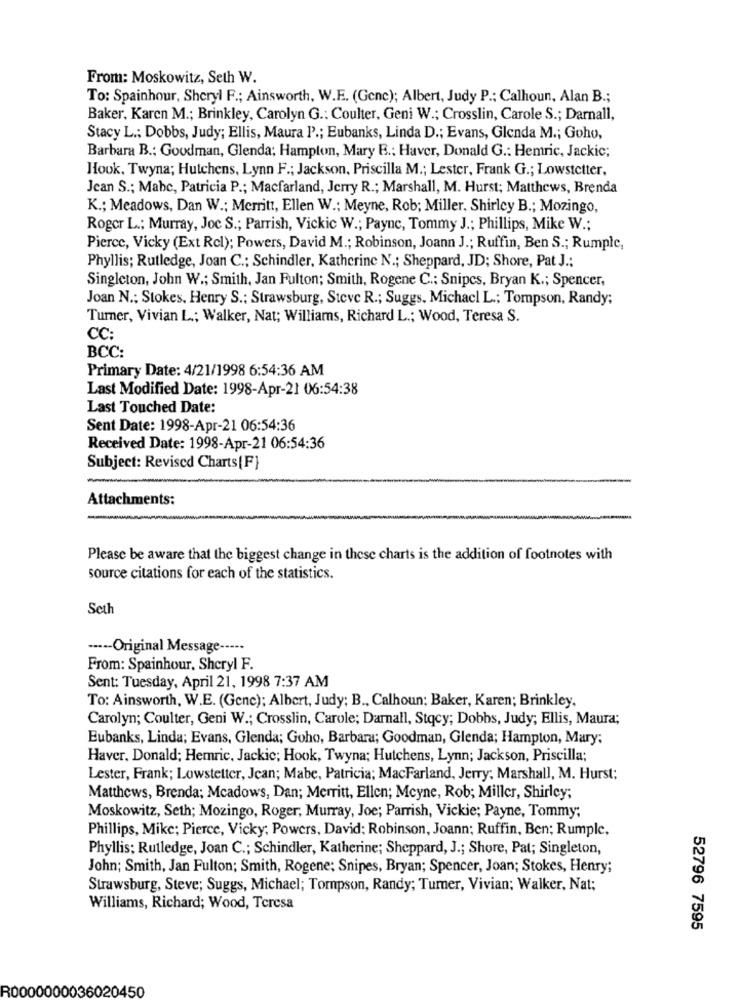
From: Moskowitz, Seth W.
To: Spainhour, Sheryl F .; Ainsworth, W.E. (Genc); Albert, Judy P .; Calhoun, Alan B .;
Baker, Karen M .; Brinkley, Carolyn G .: Coulter, Geni W .; Crosslin, Carole S .; Darnall,
Stacy L .; Dobbs, Judy; Ellis, Maura P .; Eubanks, Linda D .; Evans, Glenda M .; Goho,
Barbara B .; Goodman, Glenda; Hampton, Mary B .; Haver, Donald G .: Hemric, Jackic;
Hook, Twyna; Hutchens, Lynn F .; Jackson, Priscilla M .; Lester, Frank G .; Lowstetter,
Jean S .; Mabe, Patricia P .; Macfarland, Jerry R .; Marshall, M. Hurst; Matthews, Brenda
K .; Meadows, Dan W .; Merritt, Ellen W .; Meyne, Rob; Miller, Shirley B .; Mozingo,
Roger L .; Murray, Joc S .; Parrish, Vickic W .; Paync, Tommy J .; Phillips, Mike W .;
Pierce, Vicky (Ext Rcl); Powers, David M .; Robinson, Joann J .; Ruffin, Ben S .; Rumple,
Phyllis; Rutledge, Joan C .; Schindler, Katherine N .; Sheppard, JD; Shore, Pat J .:
Singleton, John W .; Smith, Jan Fulton; Smith, Rogene C .; Snipes, Bryan K .; Spencer,
Joan N .; Stokes, Henry S .: Strawsburg, Steve R .; Suggs, Michacl L .; Tompson, Randy;
Turner, Vivian L .; Walker, Nat; Williams, Richard L .; Wood, Teresa S.
CC:
BCC:
Primary Date: 4/21/1998 6:54:36 AM
Last Modified Date: 1998-Apr-21 06:54:38
Last Touched Date:
Sent Date: 1998-Apr-21 06:54:36
Received Date: 1998-Apr-21 06:54:36
Subject: Revised Charts[F]
Attachments:
Please be aware that the biggest change in these charts is the addition of footnotes with
source citations for each of the statistics.
Seth
----- Original Message ---··
From: Spainhour, Sheryl F.
Sent: Tuesday, April 21, 1998 7:37 AM
To: Ainsworth, W.E. (Genc); Albert, Judy; B ., Calhoun; Baker, Karen; Brinkley,
Carolyn; Coulter, Geni W .; Crosslin, Carole; Darnall, Stqcy; Dobbs, Judy; Ellis, Maura;
Eubanks, Linda; Evans, Glenda; Goho, Barbara; Goodman, Glenda; Hampton, Mary;
Haver, Donald; Hemric, Jackic; Hook, Twyna; Hutchens, Lynn; Jackson, Priscilla;
Lester, Frank; Lowstetter, Jean; Mabe, Patricia; MacFarland, Jerry; Marshall, M. Hurst:
Matthews, Brenda; Meadows, Dan; Merritt, Ellen; Mcyne, Rob; Miller, Shirley;
Moskowitz, Seth; Mozingo, Roger, Murray, Joe; Parrish, Vickie; Payne, Tommy;
Phillips, Mike; Pierce, Vicky; Powers, David: Robinson, Joann; Ruffin, Ben; Rumple,
Phyllis; Rutledge, Joan C .; Schindler, Katherine; Sheppard, J .; Shore, Pat; Singleton,
John; Smith, Jan Fulton; Smith, Rogene; Snipes, Bryan; Spencer, Joan; Stokes, Henry;
Strawsburg, Steve; Suggs, Michael; Tompson, Randy; Turner, Vivian; Walker, Nat;
Williams, Richard; Wood, Teresa
52796 7595
R0000000036020450